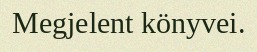
Megjelent könyvei.